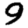
Digit: 9